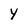
Character: Y